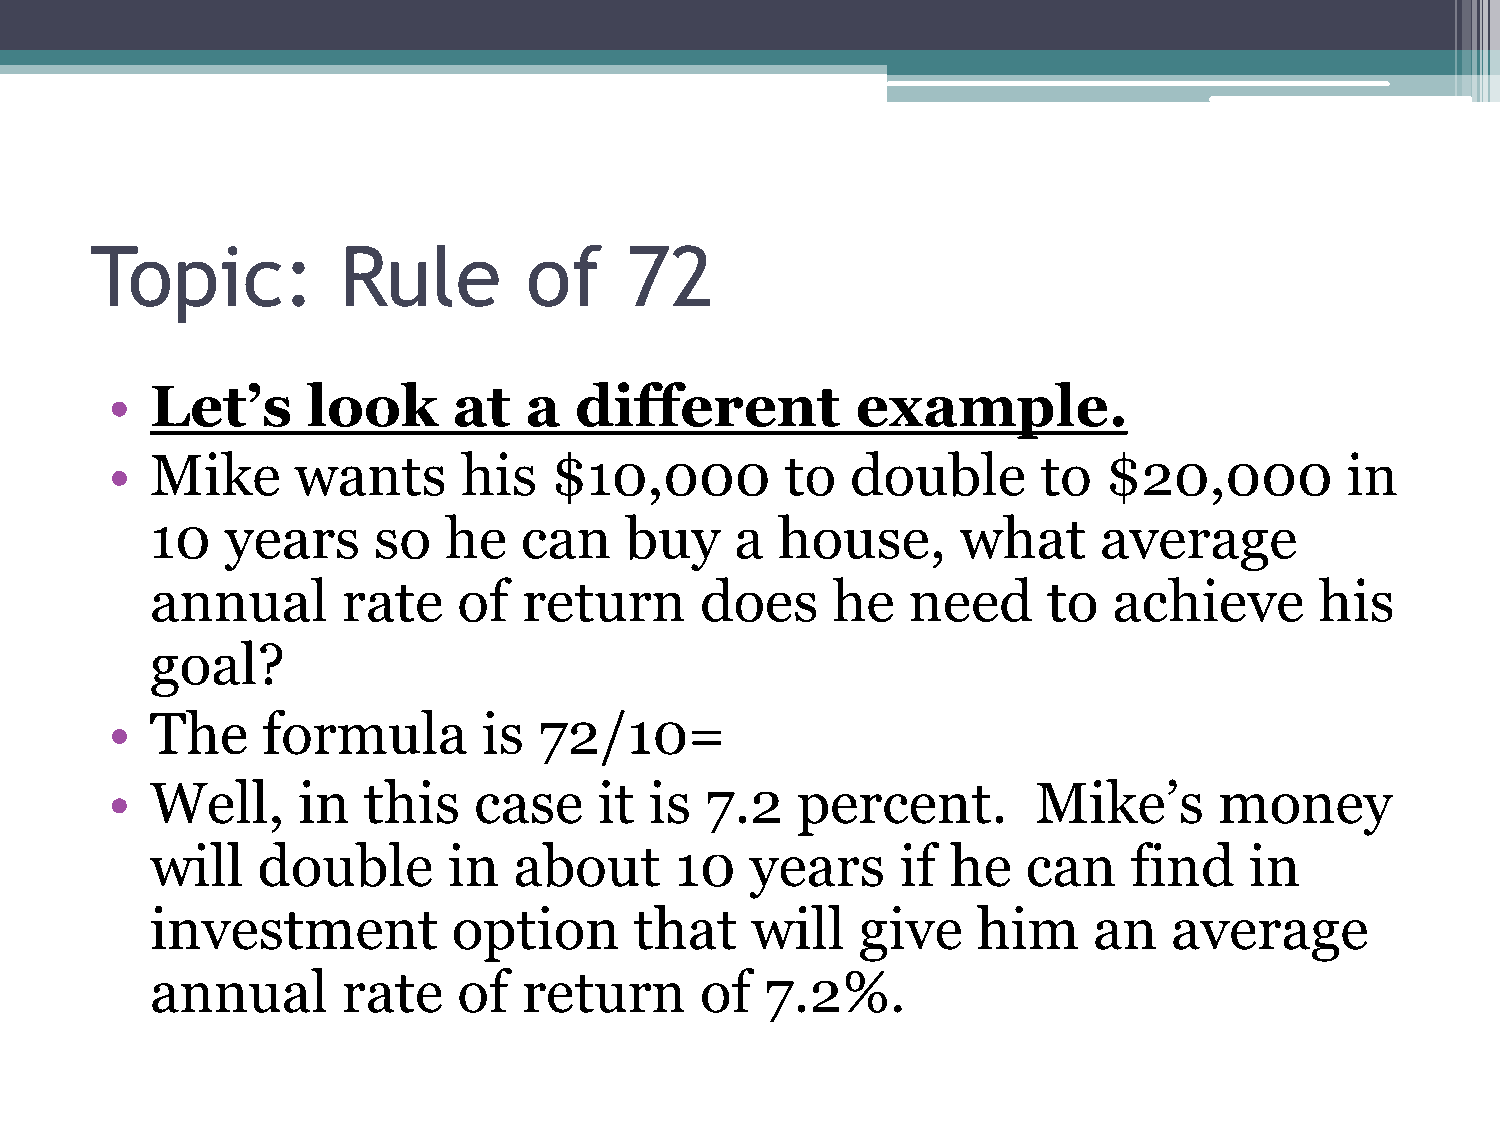
Topic:          Rule         of     72
 •  Let’s     look      at   a  different          example.
 •  Mike      wants      his  $10,000         to  double       to  $20,000         in
 10   years     so  he   can    buy     a house,       what     average
 annual       rate   of   return     does     he   need     to   achieve      his
 goal?
 •  The    formula        is  72/10=
 •  Well,     in  this   case     it is  7.2   percent.        Mike’s      money
 will   double       in  about      10   years     if he   can    find    in
 investment          option      that    will   give    him    an    average
 annual       rate   of   return     of   7.2%.